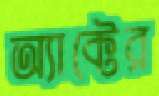
অ্যাক্টের